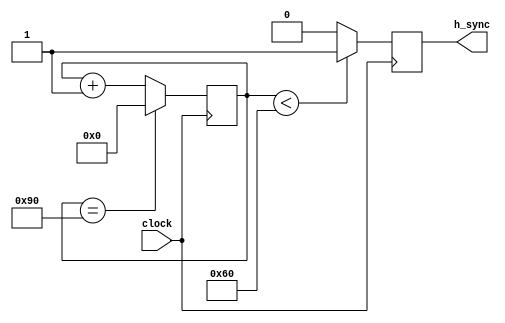
module Horizontal_Sync_Generator(
    input wire clock,
    output reg h_sync
);

parameter H_SYNC_PERIOD = 96;
parameter H_SYNC_PULSE_WIDTH = 48;

reg [8:0] h_counter;

always @(posedge clock) begin
    if(h_counter < H_SYNC_PERIOD) begin
        h_sync <= 1;
    end else begin
        h_sync <= 0;
    end

    if(h_counter == H_SYNC_PERIOD + H_SYNC_PULSE_WIDTH) begin
        h_counter <= 0;
    end else begin
        h_counter <= h_counter + 1;
    end
end

endmodule